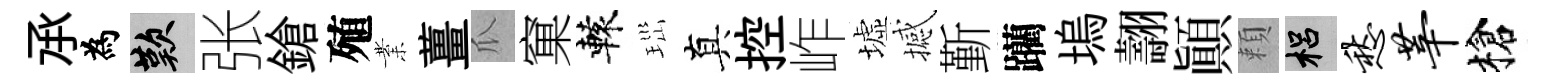
𠄘為嘆张鎗殖業薑瓜窠轅𤤼真控岞墟撼斳躪塢翿顚頼梠愁莘槍